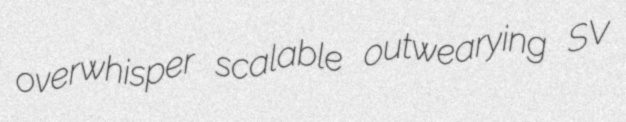
overwhisper scalable outwearying SV